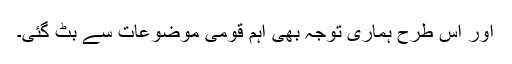
اور اس طرح ہماری توجہ بھی اہم قومی موضوعات سے بٹ گئی۔